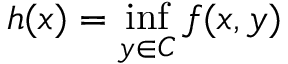
h ( x ) = \operatorname* { i n f } _ { y \in C } f ( x , y )